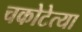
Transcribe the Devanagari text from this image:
चकोटेत्या